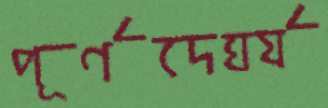
পূর্ণদের্ঘ্য